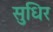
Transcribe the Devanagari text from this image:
सुधिर